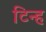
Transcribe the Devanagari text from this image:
टिन्ह